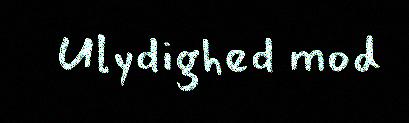
Ulydighed mod